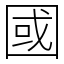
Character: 國